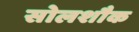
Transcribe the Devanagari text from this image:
सोलशौक